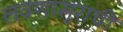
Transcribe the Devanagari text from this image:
लवणासुराची